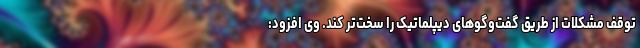
توقف مشکلات از طریق گفت‌و‌گوهای دیپلماتیک را سخت‌تر کند. وی افزود: